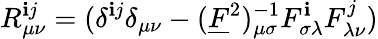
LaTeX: R_{\mu\nu}^{\mathbf{i}j}=(\delta^{\mathbf{i}j}\delta_{\mu\nu}-(\underline{{{{F}}}}^{2})_{\mu\sigma}^{-1}F_{\sigma\lambda}^{\mathbf{i}}F_{\lambda\nu}^{j})